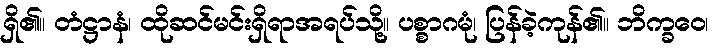
ရှိ၏။ တံဋ္ဌာနံ၊ ထိုဆင်မင်းရှိရာအရပ်သို့။ ပစ္စာဂမုံ၊ ပြန်ခဲ့ကုန်၏။ ဘိက္ခဝေ၊